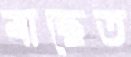
বাছেত